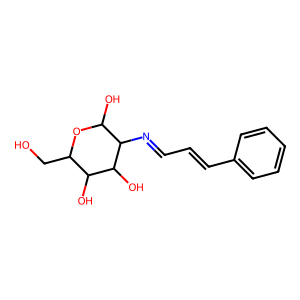
SMILES: OCC1OC(O)C(N=CC=Cc2ccccc2)C(O)C1O
Inhibits HIV replication: No